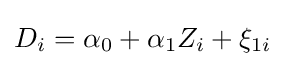
D_{i}=\alpha _{0}+\alpha _{1}Z_{i}+\xi _{1i}